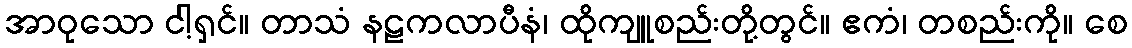
အာဝုသော ငါ့ရှင်။ တာသံ နဠကလာပီနံ၊ ထိုကျူစည်းတို့တွင်။ ဧကံ၊ တစည်းကို။ စေ